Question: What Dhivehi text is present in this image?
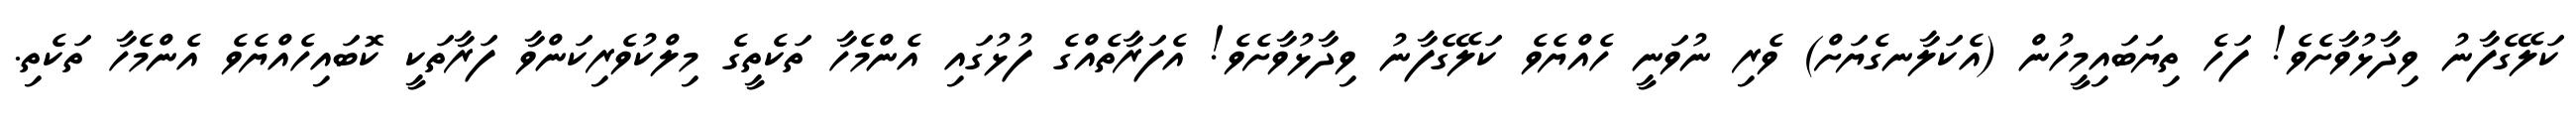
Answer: ކަލޭގެފާނު ވިދާޅުވާށެވެ! ފަހެ ތިޔަބައިމީހުން (އެކަލާނގެޔަށް) ވެރި ނުވަނީ ހެއްޔެވެ ކަލޭގެފާނު ވިދާޅުވާށެވެ! އެފަރާތެއްގެ ފުޅުގައި އެންމެހާ ތަކެތީގެ މިލްކުވެރިކަންވާ ފަރާތަކީ ކޮބައިހެއްޔެވެ އެންމެހާ ތަކެތި.